Code of medical and sanitary regulations for the guidance of medical officers serving in the Madras Presidency - Volume II
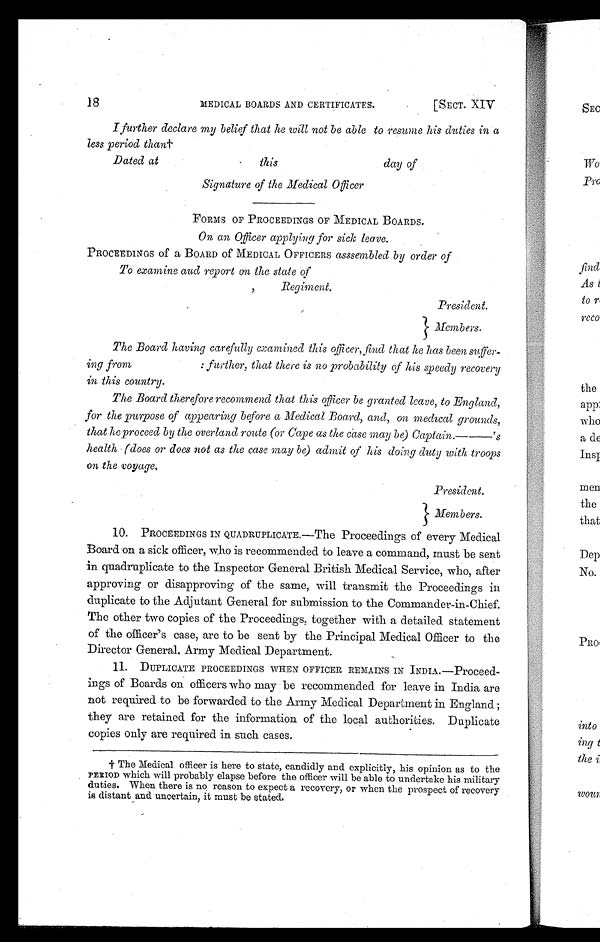
18
MEDICAL BOARDS AND CERTIFICATES.
[SECT. XIV
I further declare my belief that he will not be able to resume his duties in a
less period than†
Dated at
this
day of
Signature of the Medical Officer
FORMS OF PROCEEDINGS OF MEDICAL BOARDS.
On an Officer applying for sick leave.
PROCEEDINGS of a BOARD Of MEDICAL OFFICERS asssembled by order of
To examine and report on the state of
Regiment.
President.
Members.
The Board having carefully examined lids officer, find that he has been suffer-
ing from : further, that there is no probability of his speedy recovery
in this country.
The Board therefore recommend that this officer be granted leave, to England,
for the purpose of appearing before a Medical Board, and, on medical grounds,
that he proceed by the overland route (or Cape as the case may be) Captain.—— 's
health (does or does not as the case may be) admit of his doing duty with troops
on the voyage.
President.
} Members.
10. PROCEEDINGS IN QUADRUPLICATE. —The Proceedings of every Medical
Board on a sick officer, who is recommended to leave a command, must be sent
in quadruplicate to the Inspector General British Medical Service, who, after
approving or disapproving of the same, will transmit the Proceedings in
duplicate to the Adjutant General for submission to the Commander-in-Chief.
The other two copies of the Proceedings, together with a detailed statement
of the officer's case, are to be sent by the Principal Medical Officer to the
Director General, Army Medical Department.
1 1 . D U P L I C A T E P R O C E E D I N G S W H E N O F F I C E R R E M A I N S I NINDIA.—Proceed-
ings of Boards on officers who may be recommended for leave in India are
not required to be forwarded to the Army Medical Department in England;
they are retained for the information of the local authorities. Duplicate
copies only are required in such cases.
† The Medical officer is here to state, candidly and explicitly, his opinion as to the
PERIOD which will probably elapse before the officer will be able to undertake his military
duties. When there is no reason to expect a recovery, or when the prospect of recovery
is distant and uncertain, it must be stated.